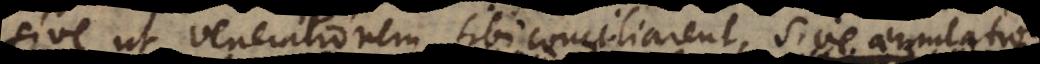
sive ut venerationem sibi conciliarent, sive aemulatione